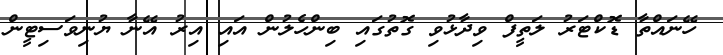
ހޭނައްތާ ޑޮކްޓަރު ލަތީފް ވިދާޅުވި ގޮތުގައި ބިންހެލުން އައި އިރު އޭނާ ޔުނިވަސިޓީން